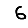
Digit: 6